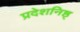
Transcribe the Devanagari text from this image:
प्रदेशनिष्ठ्